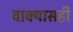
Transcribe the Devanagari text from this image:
वाक्यासही